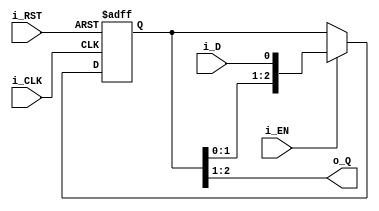
module backdoor_spi_dff_buffer #(
        parameter BUFFER_WIDTH = 2 //N system clock cycles to buffer
    ) (
    // Wishbone Slave ports (WB MI A)
    input wire i_CLK, //Clock
    input wire i_RST, //Asynchronous reset
    input wire i_EN,  //Enable to shift left by 1
    input wire i_D, //serial input, MSB first, LSB last of full data
    output wire [1:0] o_Q //Two MSB DFF outputs
    );

    //Internal signals
    reg [BUFFER_WIDTH:0] s_buffer;

    always @(posedge i_CLK, posedge i_RST) begin
        if(i_RST) begin //Asynch reset
            s_buffer <= 0; //LSB = 1 to stop enable when in MSB
        end 
        else if(i_EN) begin //if i_EN asserted, shift o_Q left 1 bit, and i_D into LSB
            s_buffer <= {s_buffer[BUFFER_WIDTH - 1: 0], i_D};
        end
    end

    //Assign outputs
    assign o_Q = s_buffer[BUFFER_WIDTH: BUFFER_WIDTH - 1];

endmodule
`default_nettype wire